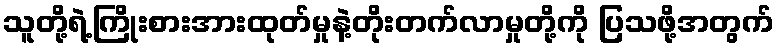
သူတို့ရဲ့ကြိုးစားအားထုတ်မှုနဲ့တိုးတက်လာမှုတို့ကို ပြသဖို့အတွက်